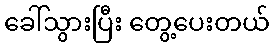
ခေါ်သွားပြီး တွေ့ပေးတယ်